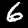
Digit: 6